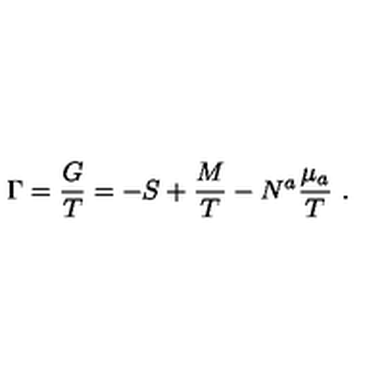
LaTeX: \Gamma = { \frac { G } { T } } = - S + { \frac { M } { T } } - N ^ { a } { \frac { \mu _ { a } } { T } } \ .